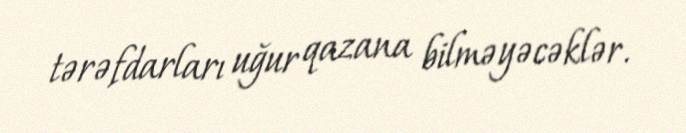
tərəfdarları uğur qazana bilməyəcəklər.